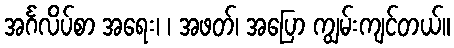
အင်္ဂလိပ်စာ အရေး၊ ၊ အဖတ်၊ အပြော ကျွမ်းကျင်တယ်။